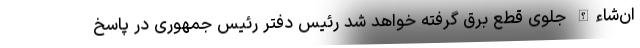
ان‌شاءالله جلوی قطع برق گرفته خواهد شد رئیس دفتر رئیس جمهوری در پاسخ